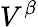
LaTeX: V^{\beta}